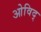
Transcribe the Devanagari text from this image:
ओविद्